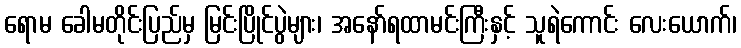
ရောမ ခေါမတိုင်းပြည်မှ မြင်းပြိုင်ပွဲများ၊ အနော်ရထာမင်းကြီးနှင့် သူရဲကောင်း လေးယောက်၊